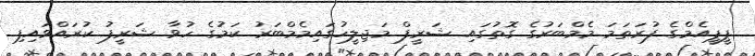
ޕީޕީއެމްގެ ފުރަތަމަ މެމްބަރުގެ ގޮތުގައި ޝަރީފް މަޖިލީހުގައިމެމްބަރު ކަމުގެ ހުވާ ޝަރީފު ކުރައްވައިފި